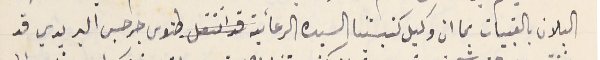
البلان بالقبيات بما ان وكيل كنيستنا السيده الرعائية قد انتقل طنوس جرجس البريدي قد